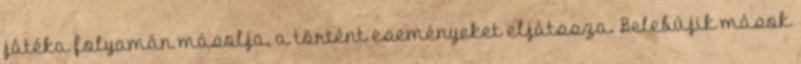
játéka folyamán másolja, a történt eseményeket eljátssza. Belebújik mások